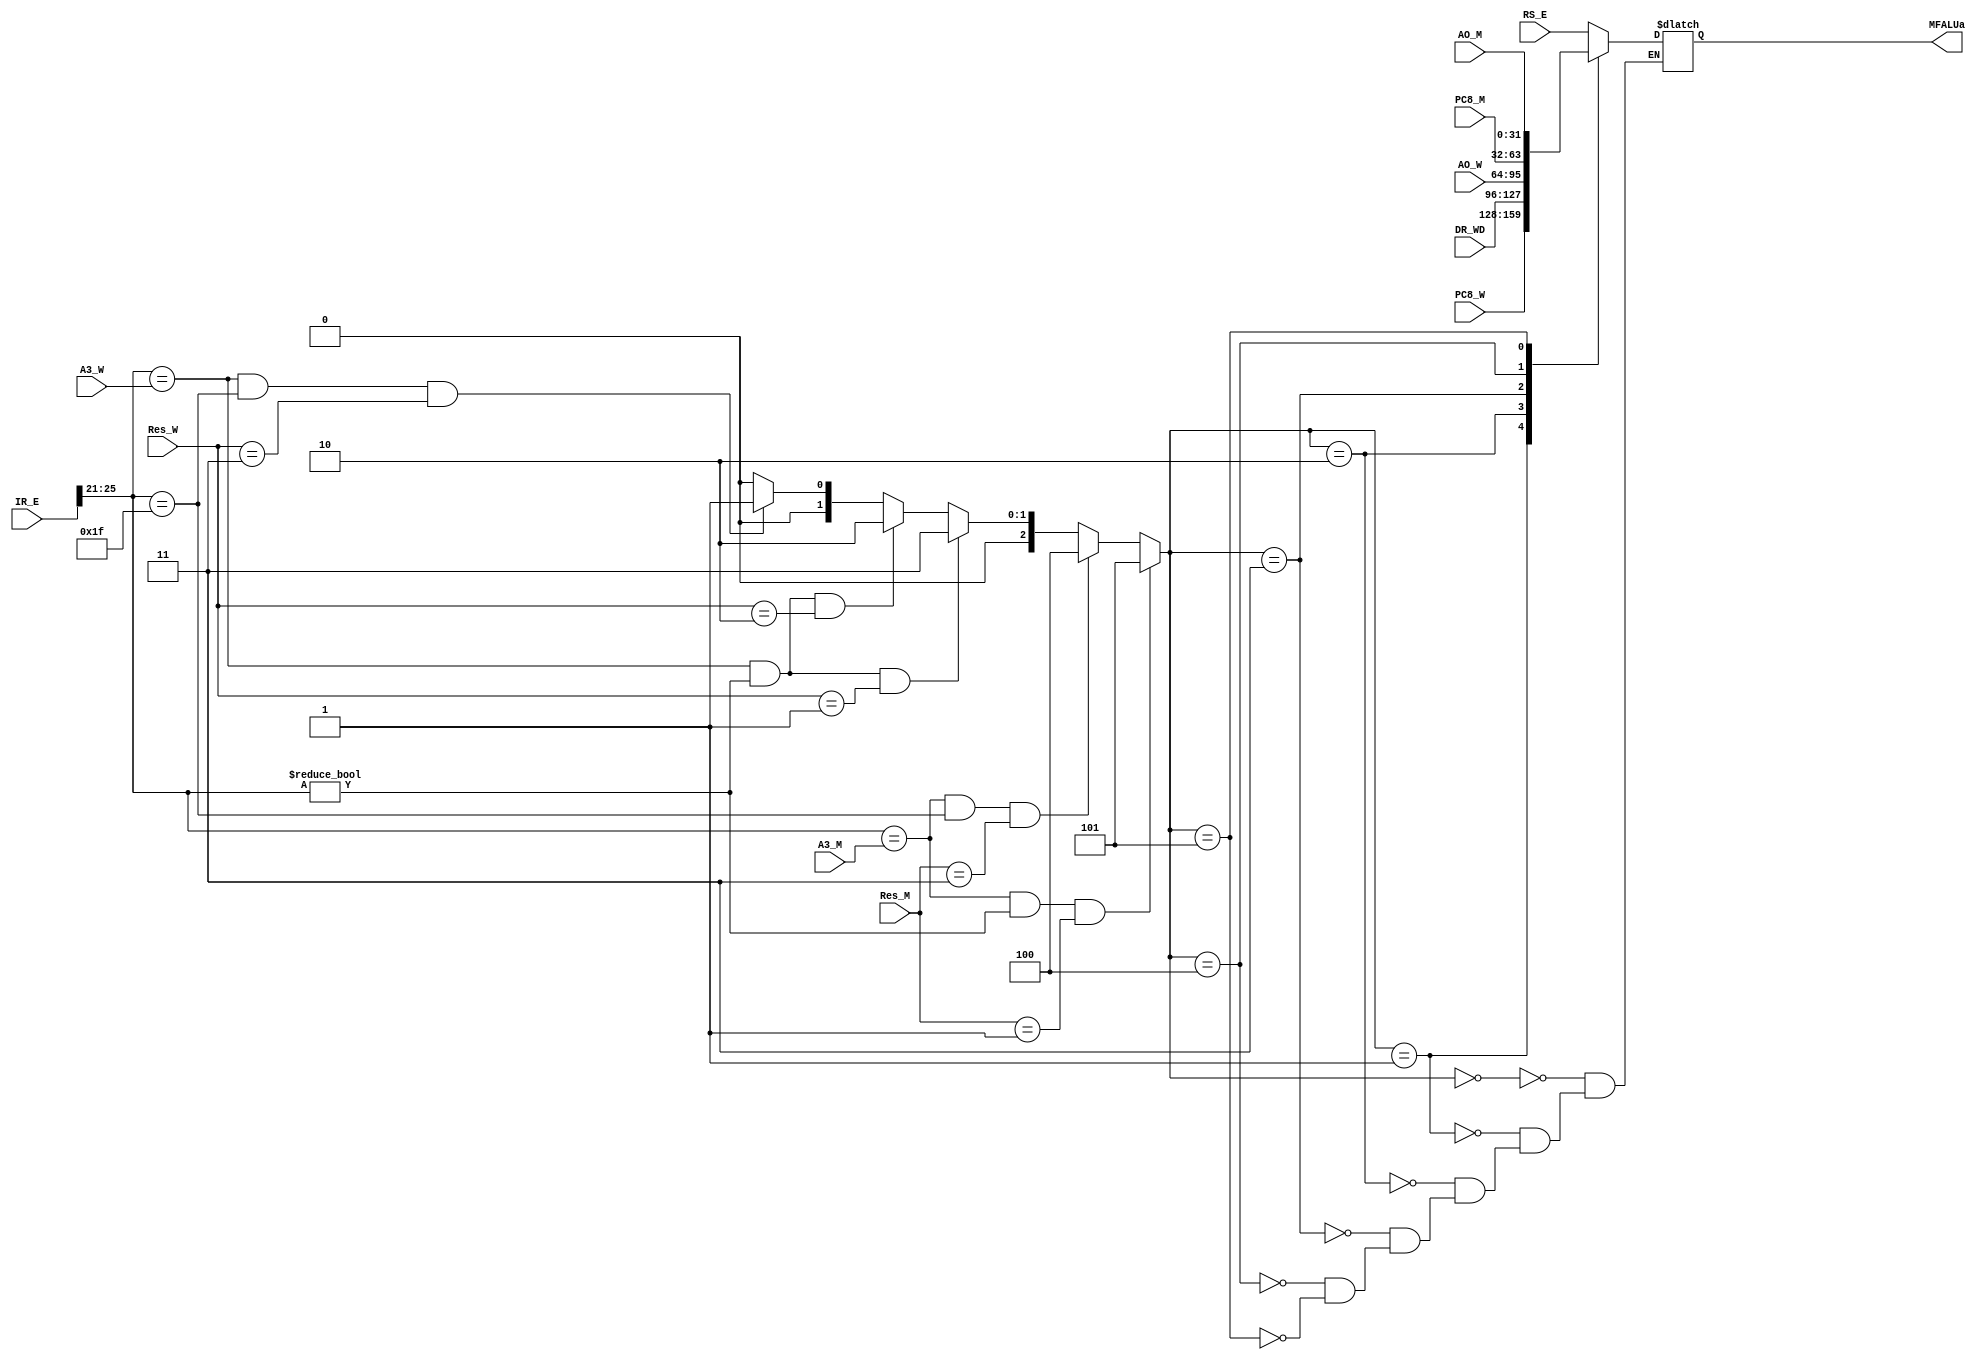
`timescale 1ns / 1ps
//////////////////////////////////////////////////////////////////////////////////
// Company: 
// Engineer: 
// 
// Design Name: 
// Module Name:    MFALUA 
// Project Name: 
// Target Devices: 
// Tool versions: 
// Description: 
//
// Dependencies: 
//
// Revision: 
// Revision 0.01 - File Created
// Additional Comments: 
//
//////////////////////////////////////////////////////////////////////////////////
`define M2E_ALU 5
`define M2E_PC 4
`define W2E_ALU 3
`define W2E_DM 2
`define W2E_PC 1
`define D2E_RS 0
`define ALU 2'b01
`define DM 2'b10
`define PC 2'b11
`define NW 2'b00
module MFALUA(
    input [31:0] RS_E,
    input [31:0] AO_M,
    input [31:0] AO_W,
    input [31:0] DR_WD,
    input [31:0] IR_E,
    input [4:0] A3_M,
    input [4:0] A3_W,
    input [1:0] Res_M,
    input [1:0] Res_W,
	 input [31:0] PC8_M,
	 input [31:0] PC8_W,
    output reg [31:0] MFALUa
    );
	 wire [4:0] A1_E;
	 reg [2:0] FALUAE;
	 assign A1_E = IR_E[25:21];
     always @* begin
	   FALUAE = ((A1_E==A3_M) & (A1_E!=0) & (Res_M==`ALU)) ? `M2E_ALU :
		         ((A1_E==A3_M) & (A1_E==31)& (Res_M==`PC))  ? `M2E_PC  :
               ((A1_E==A3_W) & (A1_E!=0) & (Res_W==`ALU)) ? `W2E_ALU :
               ((A1_E==A3_W) & (A1_E!=0) & (Res_W==`DM))  ? `W2E_DM  : 
					((A1_E==A3_W) & (A1_E==31)& (Res_W==`PC))  ? `W2E_PC  :
					                                0;
		case(FALUAE)
		  0: begin
		    MFALUa = RS_E;
		  end
		  1: begin
		    MFALUa = PC8_W;
		  end
		  2: begin
		    MFALUa = DR_WD;
		  end
		  3: begin
		    MFALUa = AO_W;
		  end
		  4: begin
		    MFALUa = PC8_M;
		  end
		  5: begin
		    MFALUa = AO_M;
		  end
		endcase
	 end

endmodule